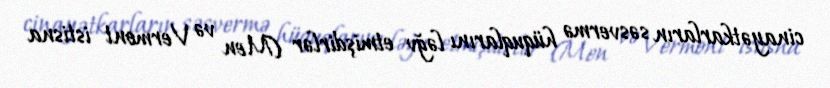
cinayətkarların səsvermə hüquqlarını ləğv etmişdirlər (Men və Vermont istisna